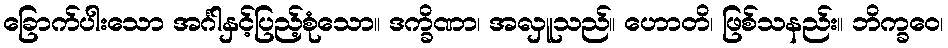
ခြောက်ပါးသော အင်္ဂါနှင့်ပြည့်စုံသော။ ဒက္ခိဏာ၊ အလှူသည်။ ဟောတိ၊ ဖြစ်သနည်း။ ဘိက္ခဝေ၊